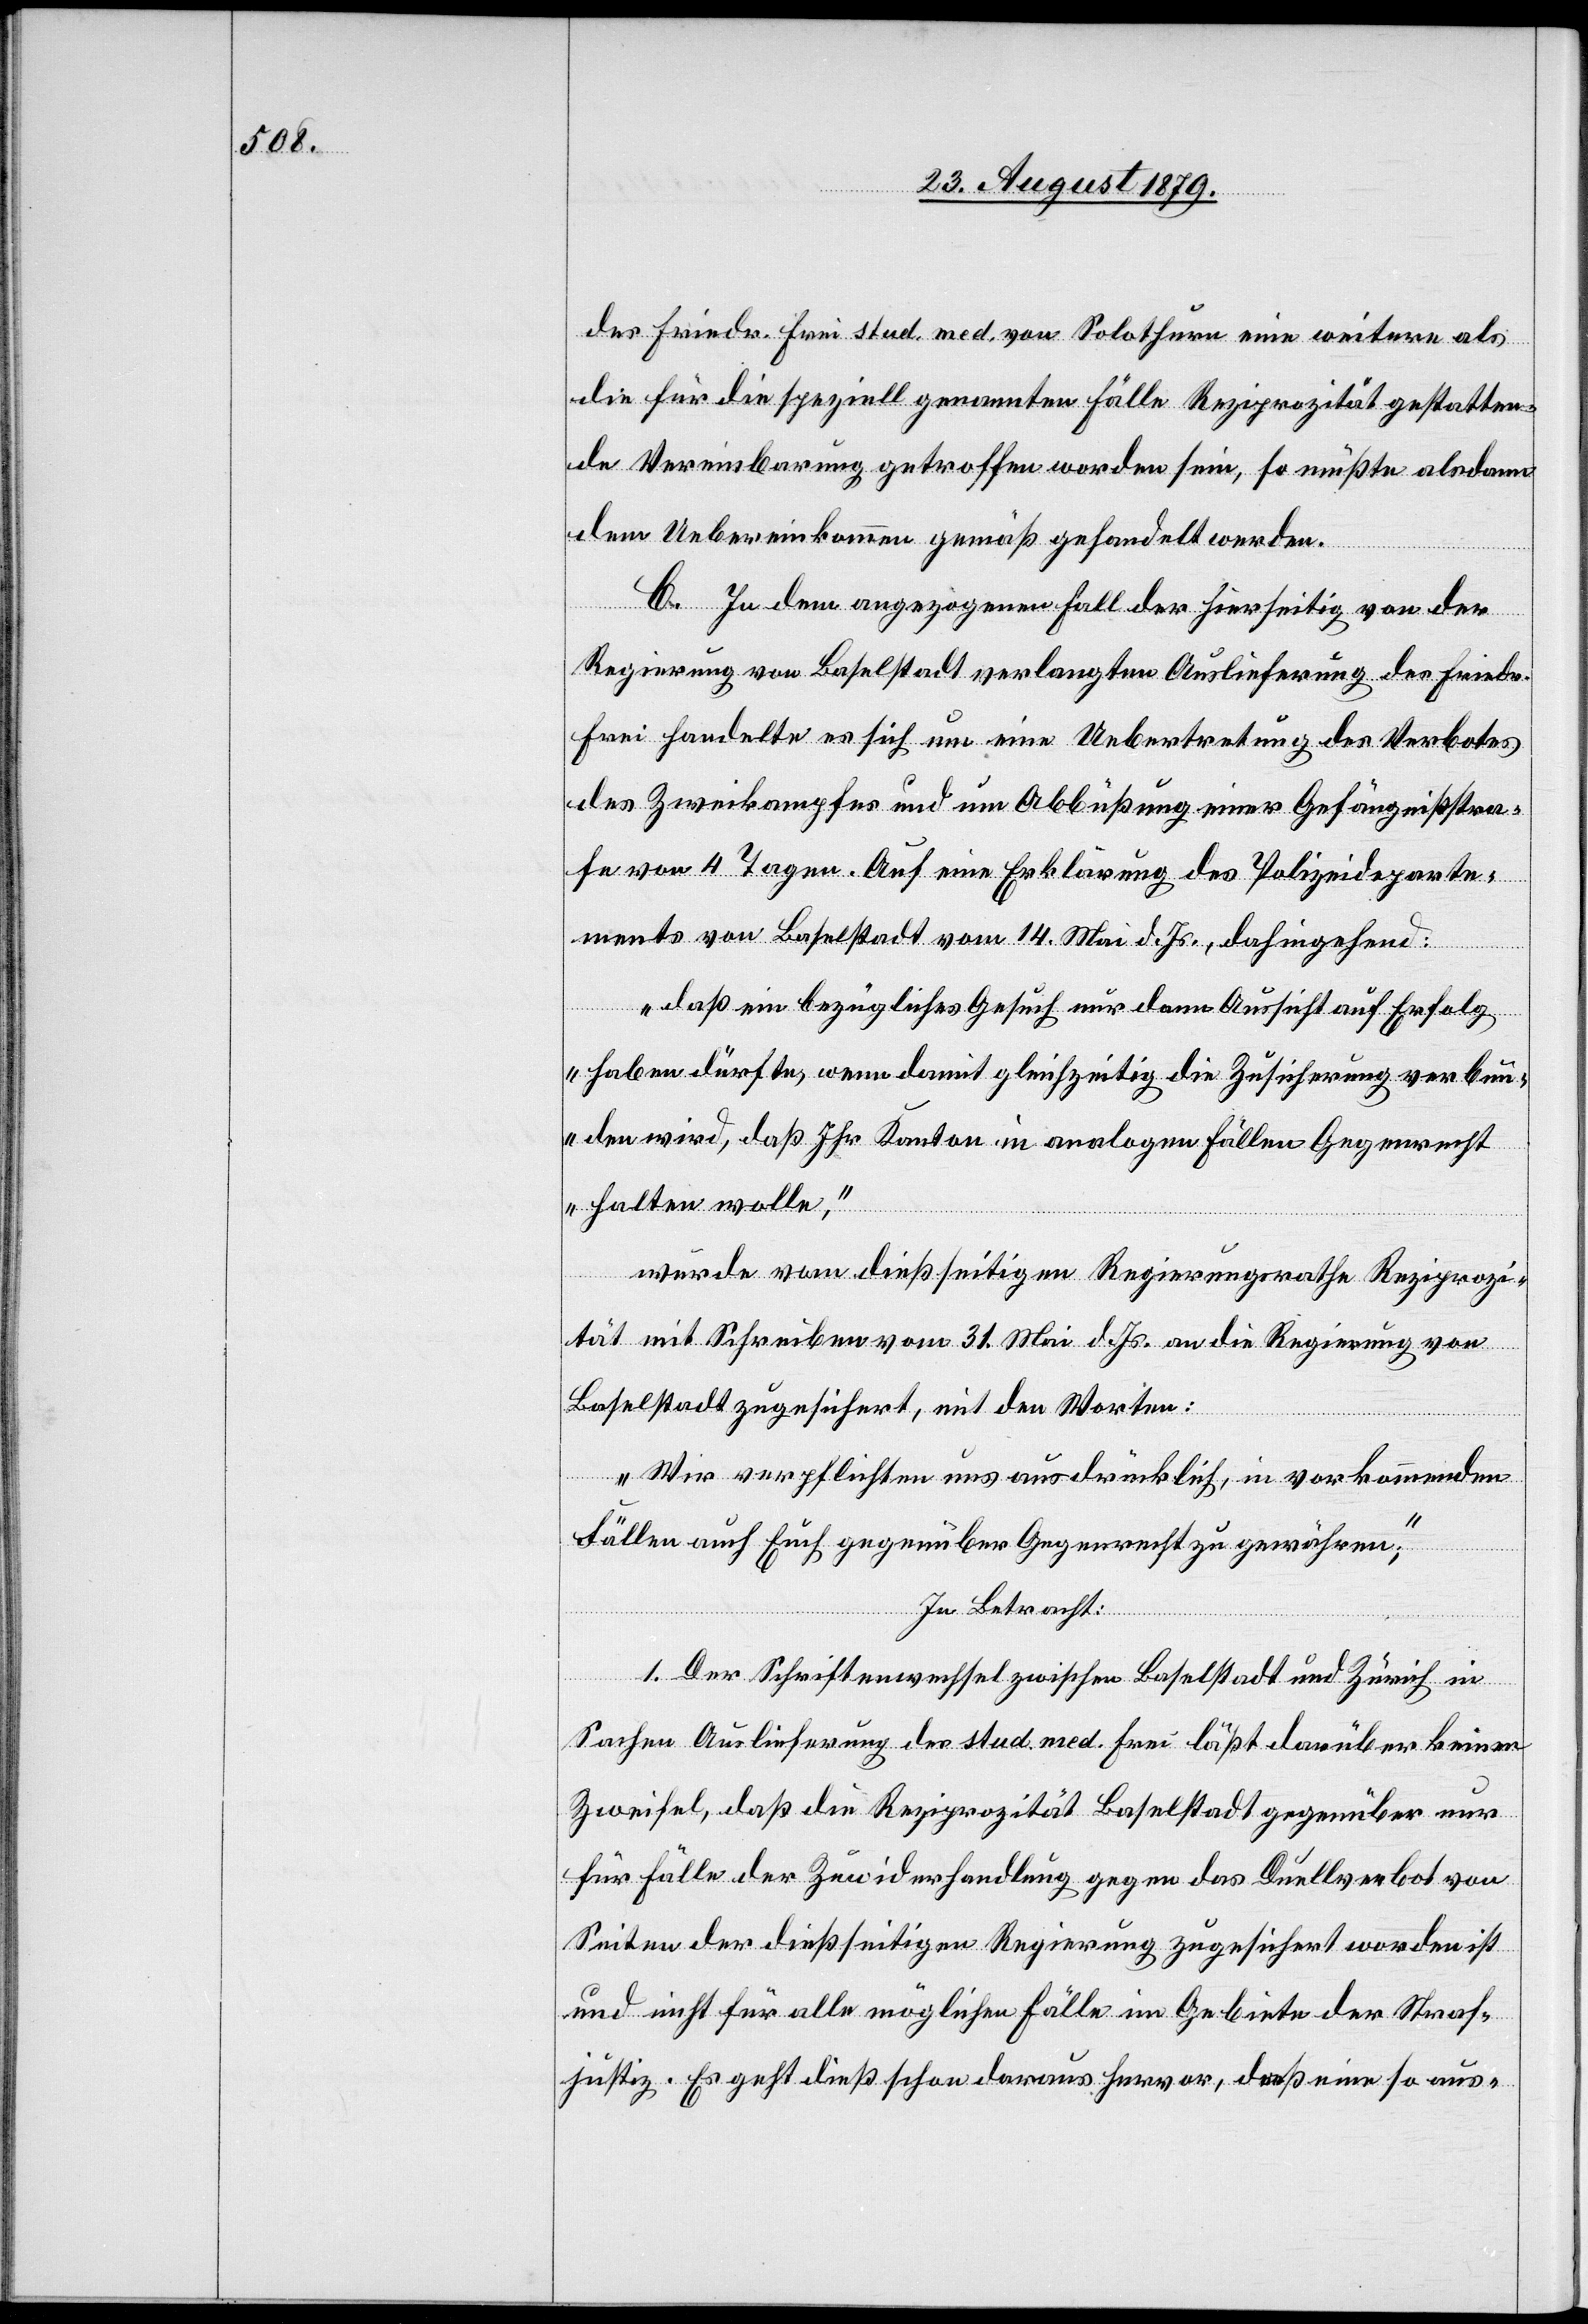
der Friedr. Frei stud. med. von Solothurn eine weitere als
die für die speziell genannten Fälle Reziprozität gestatten¬
de Vereinbarung getroffen worden sein, so müßte alsdann
dem Uebereinkommen gemäß gehandelt werden.
C. In dem angezogenen Fall der hierseitig von der
Regierung von Baselstadt verlangten Auslieferung des Friedr.
Frei handelte es sich um eine Uebereintretung des Verbotes
des Zweikampfes und um Abbüßung einer Gefängnißstra¬
fe von 4 Tagen. Auf eine Erklärung des Polizeideparte¬
ments von Baselstadt vom 14. Mai d. Js., dahingehend:
„daß ein bezügliches Gesuch nur dann Aussicht auf Erfolg
haben dürfte, wenn damit gleichzeitig die Zusicherung verbun¬
den wird, daß Ihr Kanton in analogen Fällen Gegenrecht
halten wolle,“
wurde vom dießseitigen Regierungsrathe Reziprozi¬
tät mit Schreiben vom 31. Mai d. Js. an die Regierung von
Baselstadt zugesichert, mit den Worten:
„Wir verpflichten uns ausdrücklich, in vorkommenden
Fällen auch Euch gegenüber Gegenrecht zu gewähren,“
In Betracht:
1. Der Schriftenwechsel zwischen Baselstadt und Zürich in
Sachen Auslieferung des stud. med. Frei läßt darüber keinen
Zweifel, daß die Reziprozität Baselstadt gegenüber nur
für Fälle der Zuwiderhandlung gegen das Duellverbot von
Seiten der dießseitigen Regierung zugesichert worden ist
und nicht für alle möglichen Fälle im Gebiete der Straf¬
justiz. Es geht dieß schon daraus hervor, daß eine so aus-